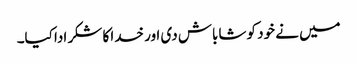
میں نے خود کو شاباش دی اور خدا کا شکر ادا کیا۔